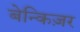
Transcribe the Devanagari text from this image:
बेन्किज़र